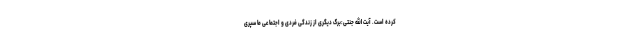
کرده است. آیت الله جنتی:برگ دیگری از زندگی فردی و اجتماعی ما سپری